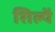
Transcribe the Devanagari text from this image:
शिल्पें